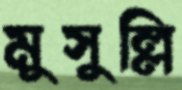
মুসুল্লি